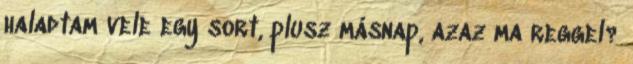
haladtam vele egy sort, plusz másnap, azaz ma reggel?